Leaving Certificate Examination, 1905
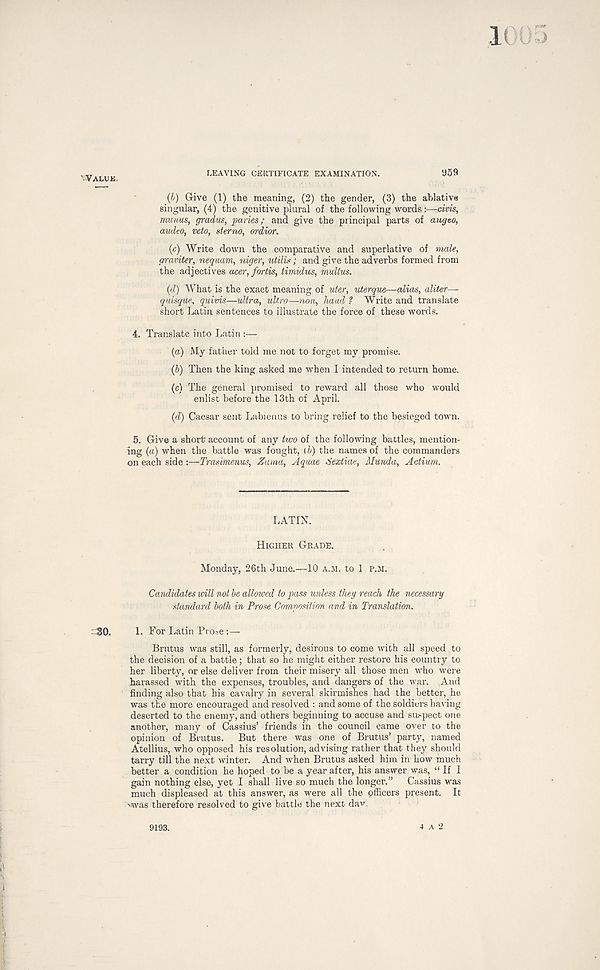
'VALUE,
LEAVING CERTIFICATE EXAMINATION.
D59
(IJ) Give (1) the meaning, (2) the gender, (3) the ablative
singular, (4) the genitive plural of the following words:—civis,
muuus, gradus, paries; and give the principal parts of augeo,
audeo, veto, sterno, ordior.
(c) Write down the comparative and superlative of male,
graviter, nequam, niger, utilis; and give the adverbs formed from
the adjectives acer, fortis, timidus, multus.
(d) What is the exact meaning of uter, uterque—alias, aliter—
quisque.% quivis—ultra, ultra—non, hand ? Write and translate
short Latin sentences to illustrate the force of these words.
4. Translate into Latin :—
(a) My father told me not to forget my promise.
(b) Then the king asked me when I intended to return home.
(c) The general promised to reward all those who would
enlist before the 13th of April.
(d) Caesar sent Labienus to bring relief to the besieged town.
5. Give a short account of any two of the following battles, mention-
ing (a) when the battle was fought, (b) the names of the commanders
on each side :—Trasimenus, Zama, Aquae Sextiae, Munda, Actium.
LATIN.
HIGHER GRADE.
Monday, 26th June.—10 A.M. to 1 P.M.
Candidates will not be allowed to pass unless they reach the necessary
standard both in Prose Composition and in Translation.
: 30.
1. For Latin Prose :—
Brutus was still, as formerly, desirous to come with all speed to
the decision of a battle; that so he might either restore his country to
her liberty, or else deliver from their misery ail those men who were
harassed with the expenses, troubles, and dangers of the war. And
finding also that his cavalry in several skirmishes had the better, he
was the more encouraged and resolved : and some of the soldiers having
deserted to the enemy, and others beginning to accuse and suspect one
another, many of Cassius’ friends in the council came over to the
opinion of Brutus.
But there was one of Brutus’ party, named
Atellius, who opposed his resolution, advising rather that they should
tarry till the next winter. And when Brutus asked him in how much
better a condition he hoped to be a year after, his answer was, “ If I
gain nothing else, yet I shall live so much the longer.”
Cassius was
much displeased at this answer, as were all the officers present. It
was therefore resolved to give battle the next da".
9193.